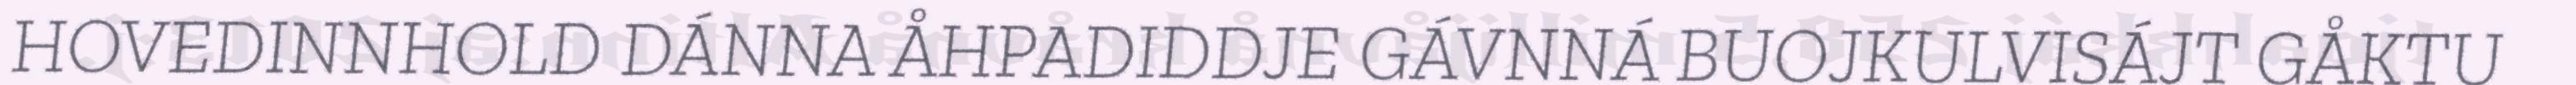
HOVEDINNHOLD DÁNNA ÅHPADIDDJE GÁVNNÁ BUOJKULVISÁJT GÅKTU